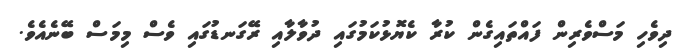
ދިވެހި މަސްވެރިން ފައްތައިގެން ކުރާ ކެޔޮޅުކަމުގައި ދުވާލާއި ރޭގަނޑުގައި ވެސް މިމަސް ބޭނެއެވެ.